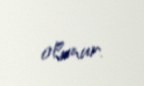
olunur.